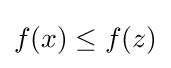
f(x)\leq f(z)